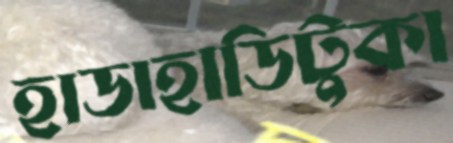
হাডাহাডিটুকা